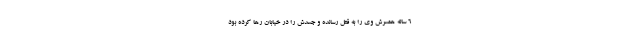
۶ ساله همسرش وی را به قتل رسانده و جسدش را در خیابان رها کرده بود